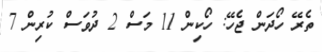
ތެރޭ ހޯދަން ޖެހޭ: ހޯކިން 11 މަސް 2 ދުވަސް ކުރިން 7